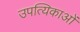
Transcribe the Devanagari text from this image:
उपत्यिकाओं